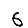
Digit: 6